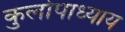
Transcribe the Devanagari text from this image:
कुलोपाध्याय